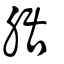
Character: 腒